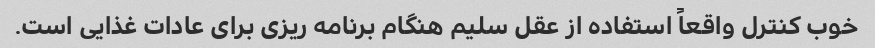
خوب کنترل واقعاً استفاده از عقل سلیم هنگام برنامه ریزی برای عادات غذایی است.